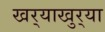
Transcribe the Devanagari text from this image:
खर्‍याखुर्‍या